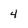
Character: 4